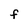
Character: F